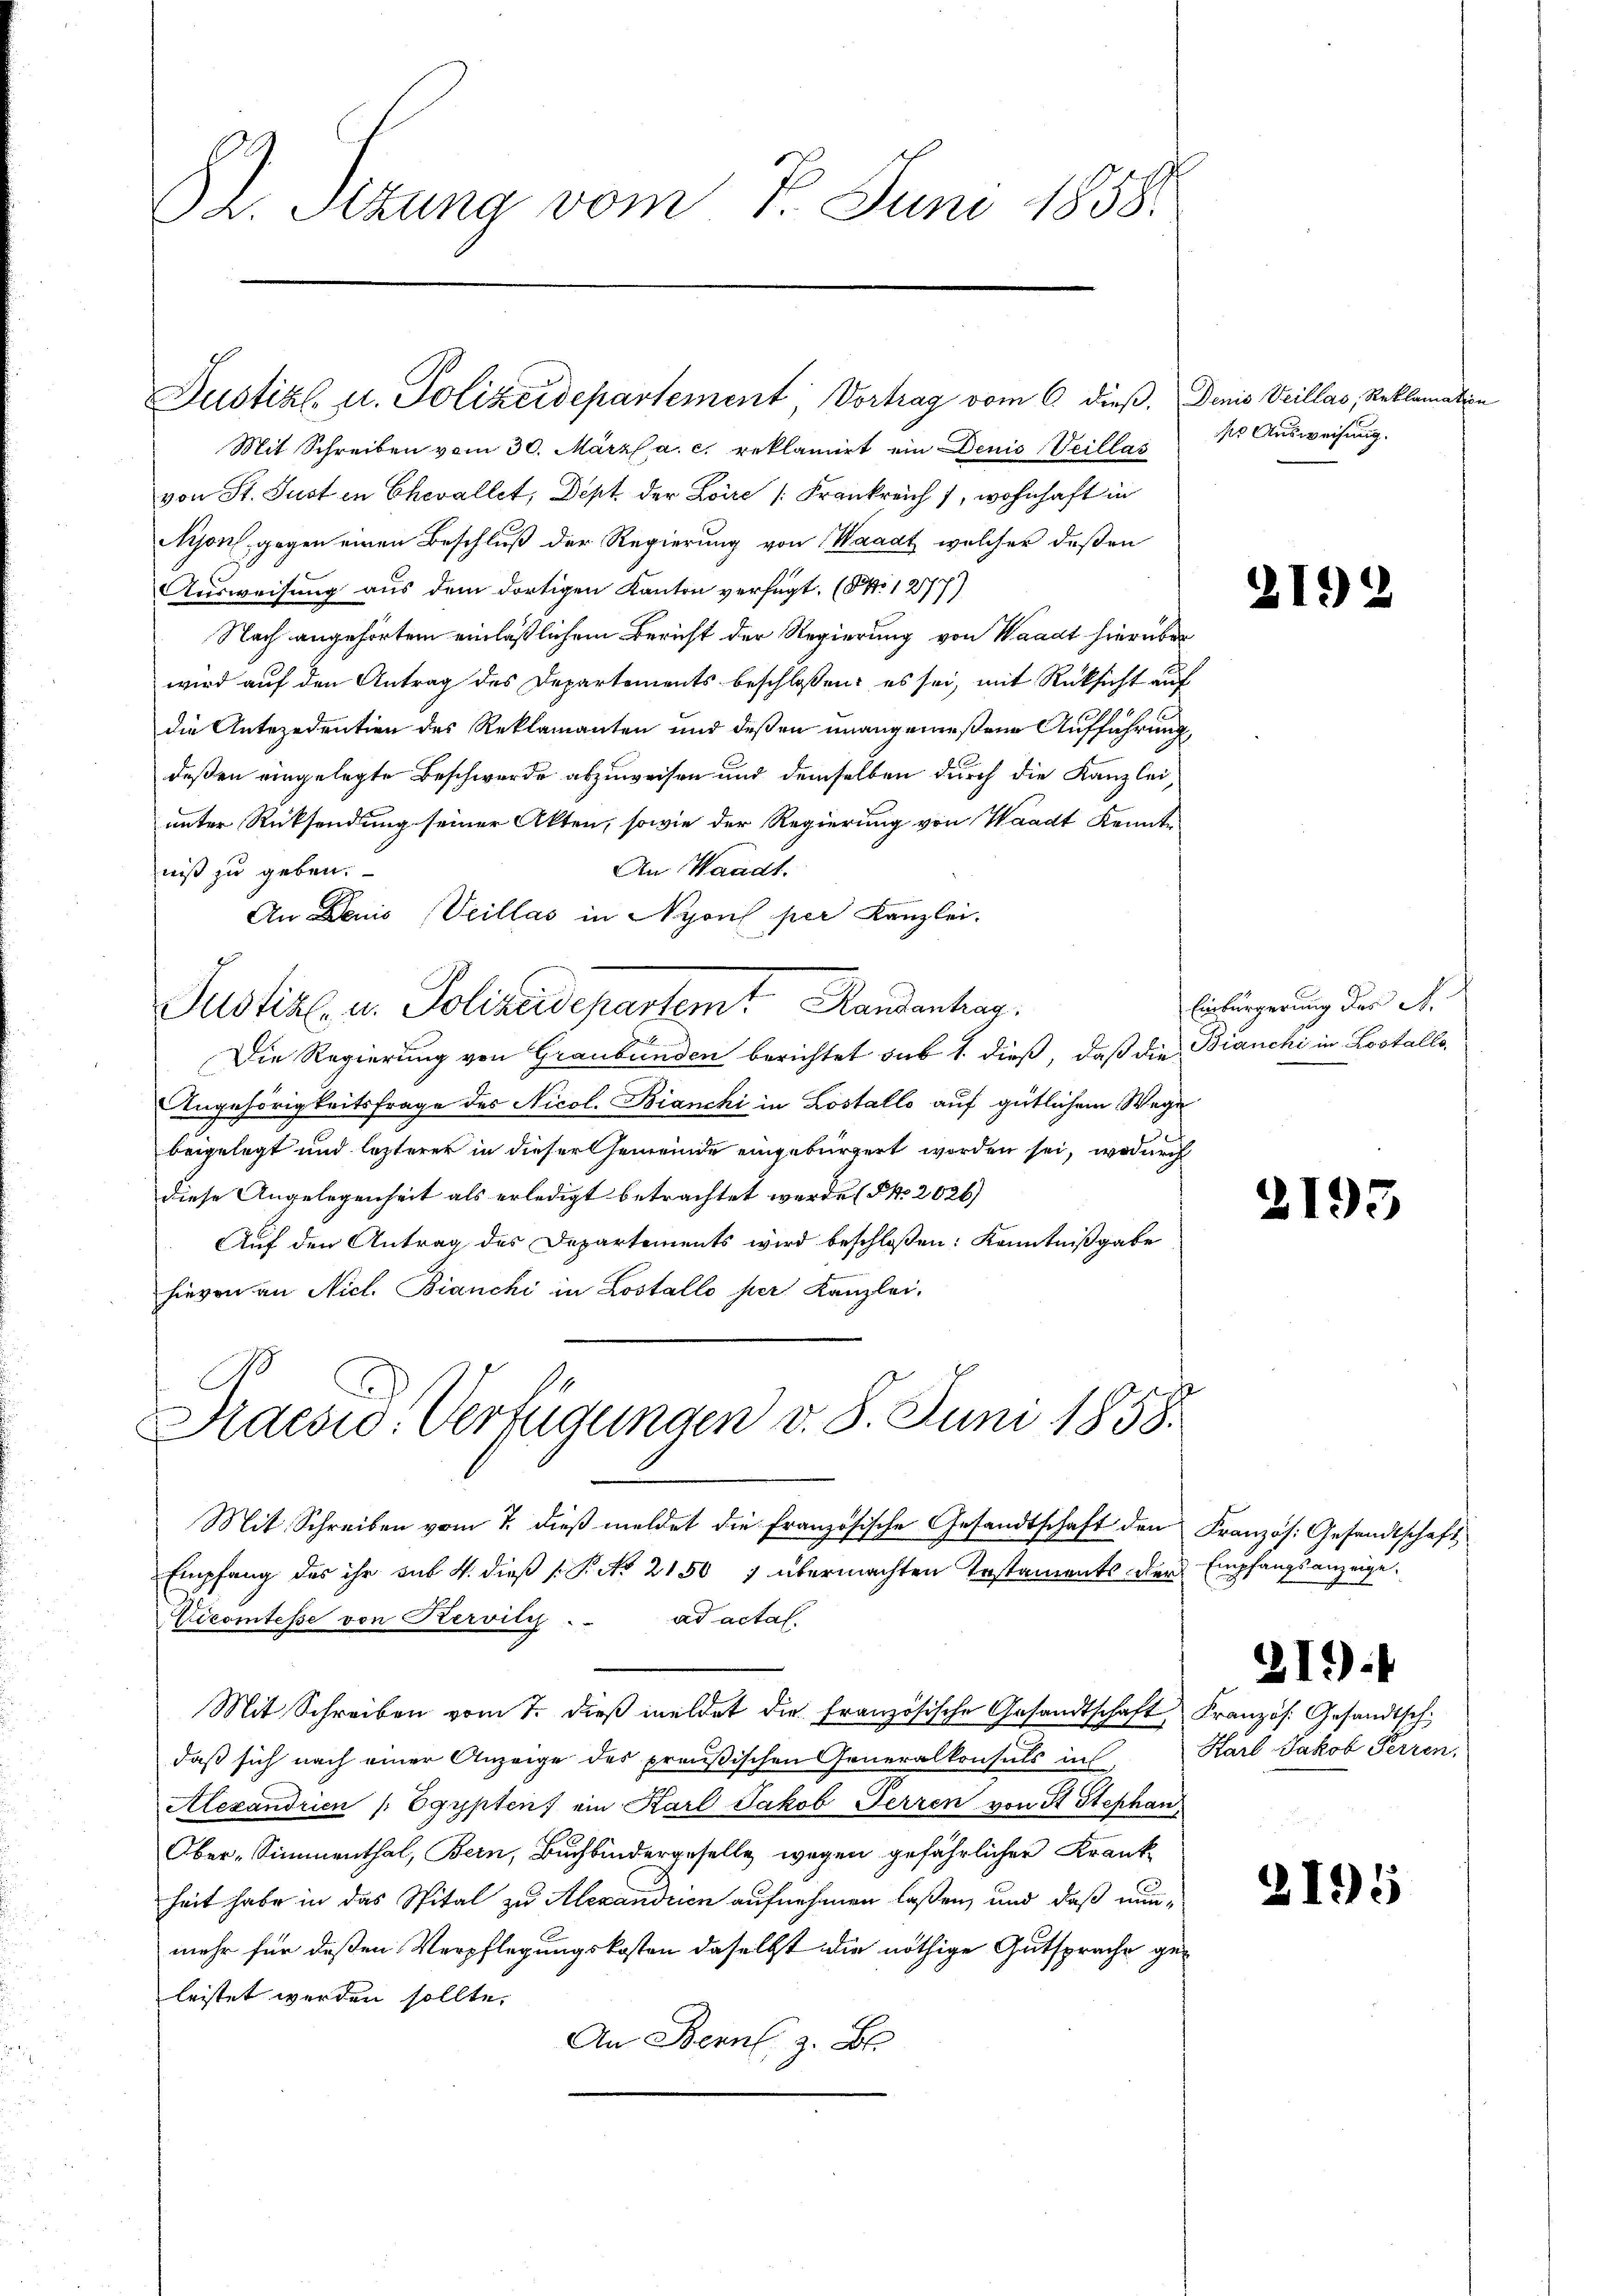
Dr. Sizung vom 7. Juni 1858.

Mit Schreiben vom 30. März a. c. reklamirt ein Denis Veillas
von St. Just in Chevallet, Dept der Loire (Frankreich 1, wohnhaft in
Nison gegen einen Beschluß der Regierung von Waadt, welcher deßen
Ausweisung aus dem dortigen Kanton verfügt. (S. 1277)
Nach angehörtem einläßlichem Bericht der Regierung von Waadt hierüber
wird auf den Antrag des Departements beschlossen: es sei, mit Rücksicht auf
die Antezedention des Reklamanten und deßen unangewesene Aufführung
deßen eingelegte Beschwerde abzuweisen und demselben durch die Kanzlei,
unter Rücksendung seiner Akten, sowie der Regierung von Waadt Kennte
An Wariat.
niß zu geben.
An Denis (Veillas in Nyon per Kanzlei-
Justiz- u. Polizeidepartemt Randantrag.
Die Regierung von Graubünden berichtet sub 1. dieß, daß die Bianchi in Lostalle
Angehörigkeitsfrage des Nicol. Bianchi in Lostallo auf gütlichem Wege
beigelegt und lezterer in dieser Gemeinde eingebürgert worden sei, wodurch
diese Angelegenheit als erledigt betrachtet werde (Nr. 2026)
Auf den Antrag des Departements wird beschloßen: Kenntnißgabe
hievon an Nicl. Bianchi in Lostallo per Kanzlei-

Justizl, u. Polizeidepartement, Vortrag vom 6. dieß. Denis Veillas, Reklamat

Sidesio: Verfügungen v. 8. Juni 1858.

Mit Schreiben vom 7. dieβ meldet die französische Gesandtschaft den Französ. Gesandtschaft
Empfang des ihr sub. 4. dieß P. No 21507 übermachten Instaments der Empfangsanzeige¬
Vicomtesse von Kervily . . ad actal.
daß sich nach einer Anzeige des preußischen Generalkonsuls in
Alexandrien / Egypten ein Karl Jakob Ferren von St. Stephan
Ober-Simmenthal, Bern, Buchbindergeselle wegen gefährlicher Krank-
heit habe in das Spital zu Alexandrien aufnehmen laßen, und daß nunmehr für deßen Verpflegungskosten daselbst die nöthige Gutsprache geleistet werden sollte.
An Bern, z. B.

Mit Schreiben vom 7. dieβ meldet die französische Gesandtschaft, Französ. Gesandtsch

des Ausweisung.

219

Einbürgerung des A.

)

Harl Jakob Perren,

1.)

21):

3

3195